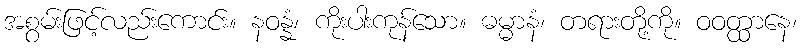
အစွမ်းဖြင့်လည်းကောင်း။ နဝန္နံ၊ ကိုးပါးကုန်သော။ ဓမ္မာနံ၊ တရားတို့ကို။ ဝဝတ္ထာနေ၊